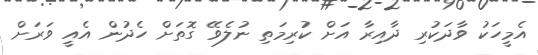
އެމީހަކު ވާދަކުރި ދާއިރާ އަށް ކުރިމަތި ނުލެވޭ ގޮތަށް ހެދުން އެއީ ވަރަށް